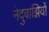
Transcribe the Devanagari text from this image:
नेदुवाझियों